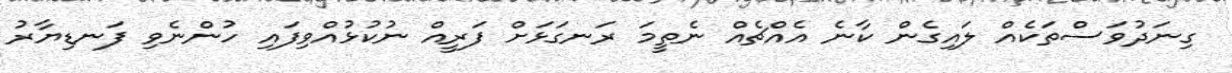
ގިނަދުވަސްތަކެއް ލައިގެން ކާނެ އެއްޗެއް ނެތީމަ ރަނގަޅަށް ފަރީއް ނުކުޅުއްވިފައި ހުންނެވި ފަނޑިޔާރު